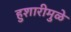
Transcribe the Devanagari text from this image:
हुशारीमुळे